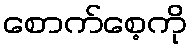
စောက်စေ့ကို